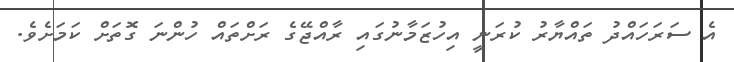
އެ ސަރަހައްދު ތައްޔާރު ކުރަނީ އިހުޒަމާނުގައި ރާއްޖޭގެ ރަށްތައް ހުންނަ ގޮތަށް ކަމަށެވެ.